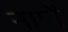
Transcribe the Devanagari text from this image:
नाणें